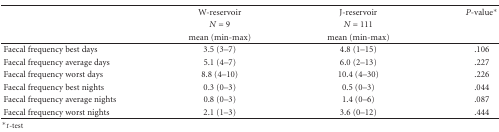
|  | W-reservoir | J-reservoir | P-value* |
 |  | N = 9 | N = 111 |  |
 |  | mean (min-max) | mean (min-max) |  |
 | --- | --- | --- | --- |
 | Faecal frequency best days | 3.5 (3–7) | 4.8 (1–15) | .106 |
 | Faecal frequency average days | 5.1 (4–7) | 6.0 (2–13) | .227 |
 | Faecal frequency worst days | 8.8 (4–10) | 10.4 (4–30) | .226 |
 | Faecal frequency best nights | 0.3 (0–3) | 0.5 (0–3) | .044 |
 | Faecal frequency average nights | 0.8 (0–3) | 1.4 (0–6) | .087 |
 | Faecal frequency worst nights | 2.1 (1–3) | 3.6 (0–12) | .444 |